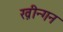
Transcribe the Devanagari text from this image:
ख़ीन्गन